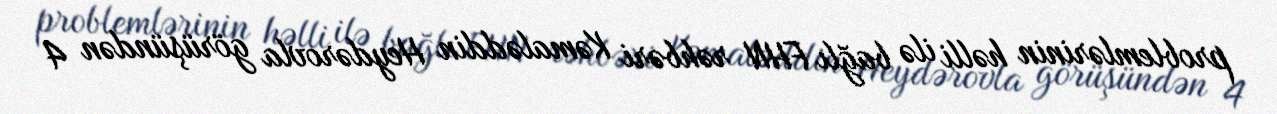
problemlərinin həlli ilə bağlı FHN rəhbəri Kəmaləddin Heydərovla görüşündən 4